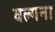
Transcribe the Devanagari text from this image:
वल्गना